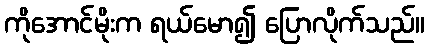
ကိုအောင်မိုးက ရယ်မော၍ ပြောလိုက်သည်။